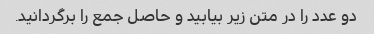
دو عدد را در متن زیر بیابید و حاصل جمع را برگردانید.